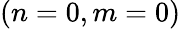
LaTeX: (n=0,m=0)